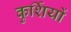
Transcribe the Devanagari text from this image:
कुर्शियों